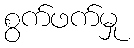
စွက်ဖက်မှု